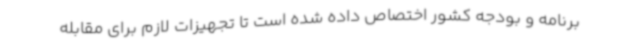
برنامه و بودجه کشور اختصاص داده شده است تا تجهیزات لازم برای مقابله